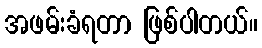
အဖမ်းခံရတာ ဖြစ်ပါတယ်။